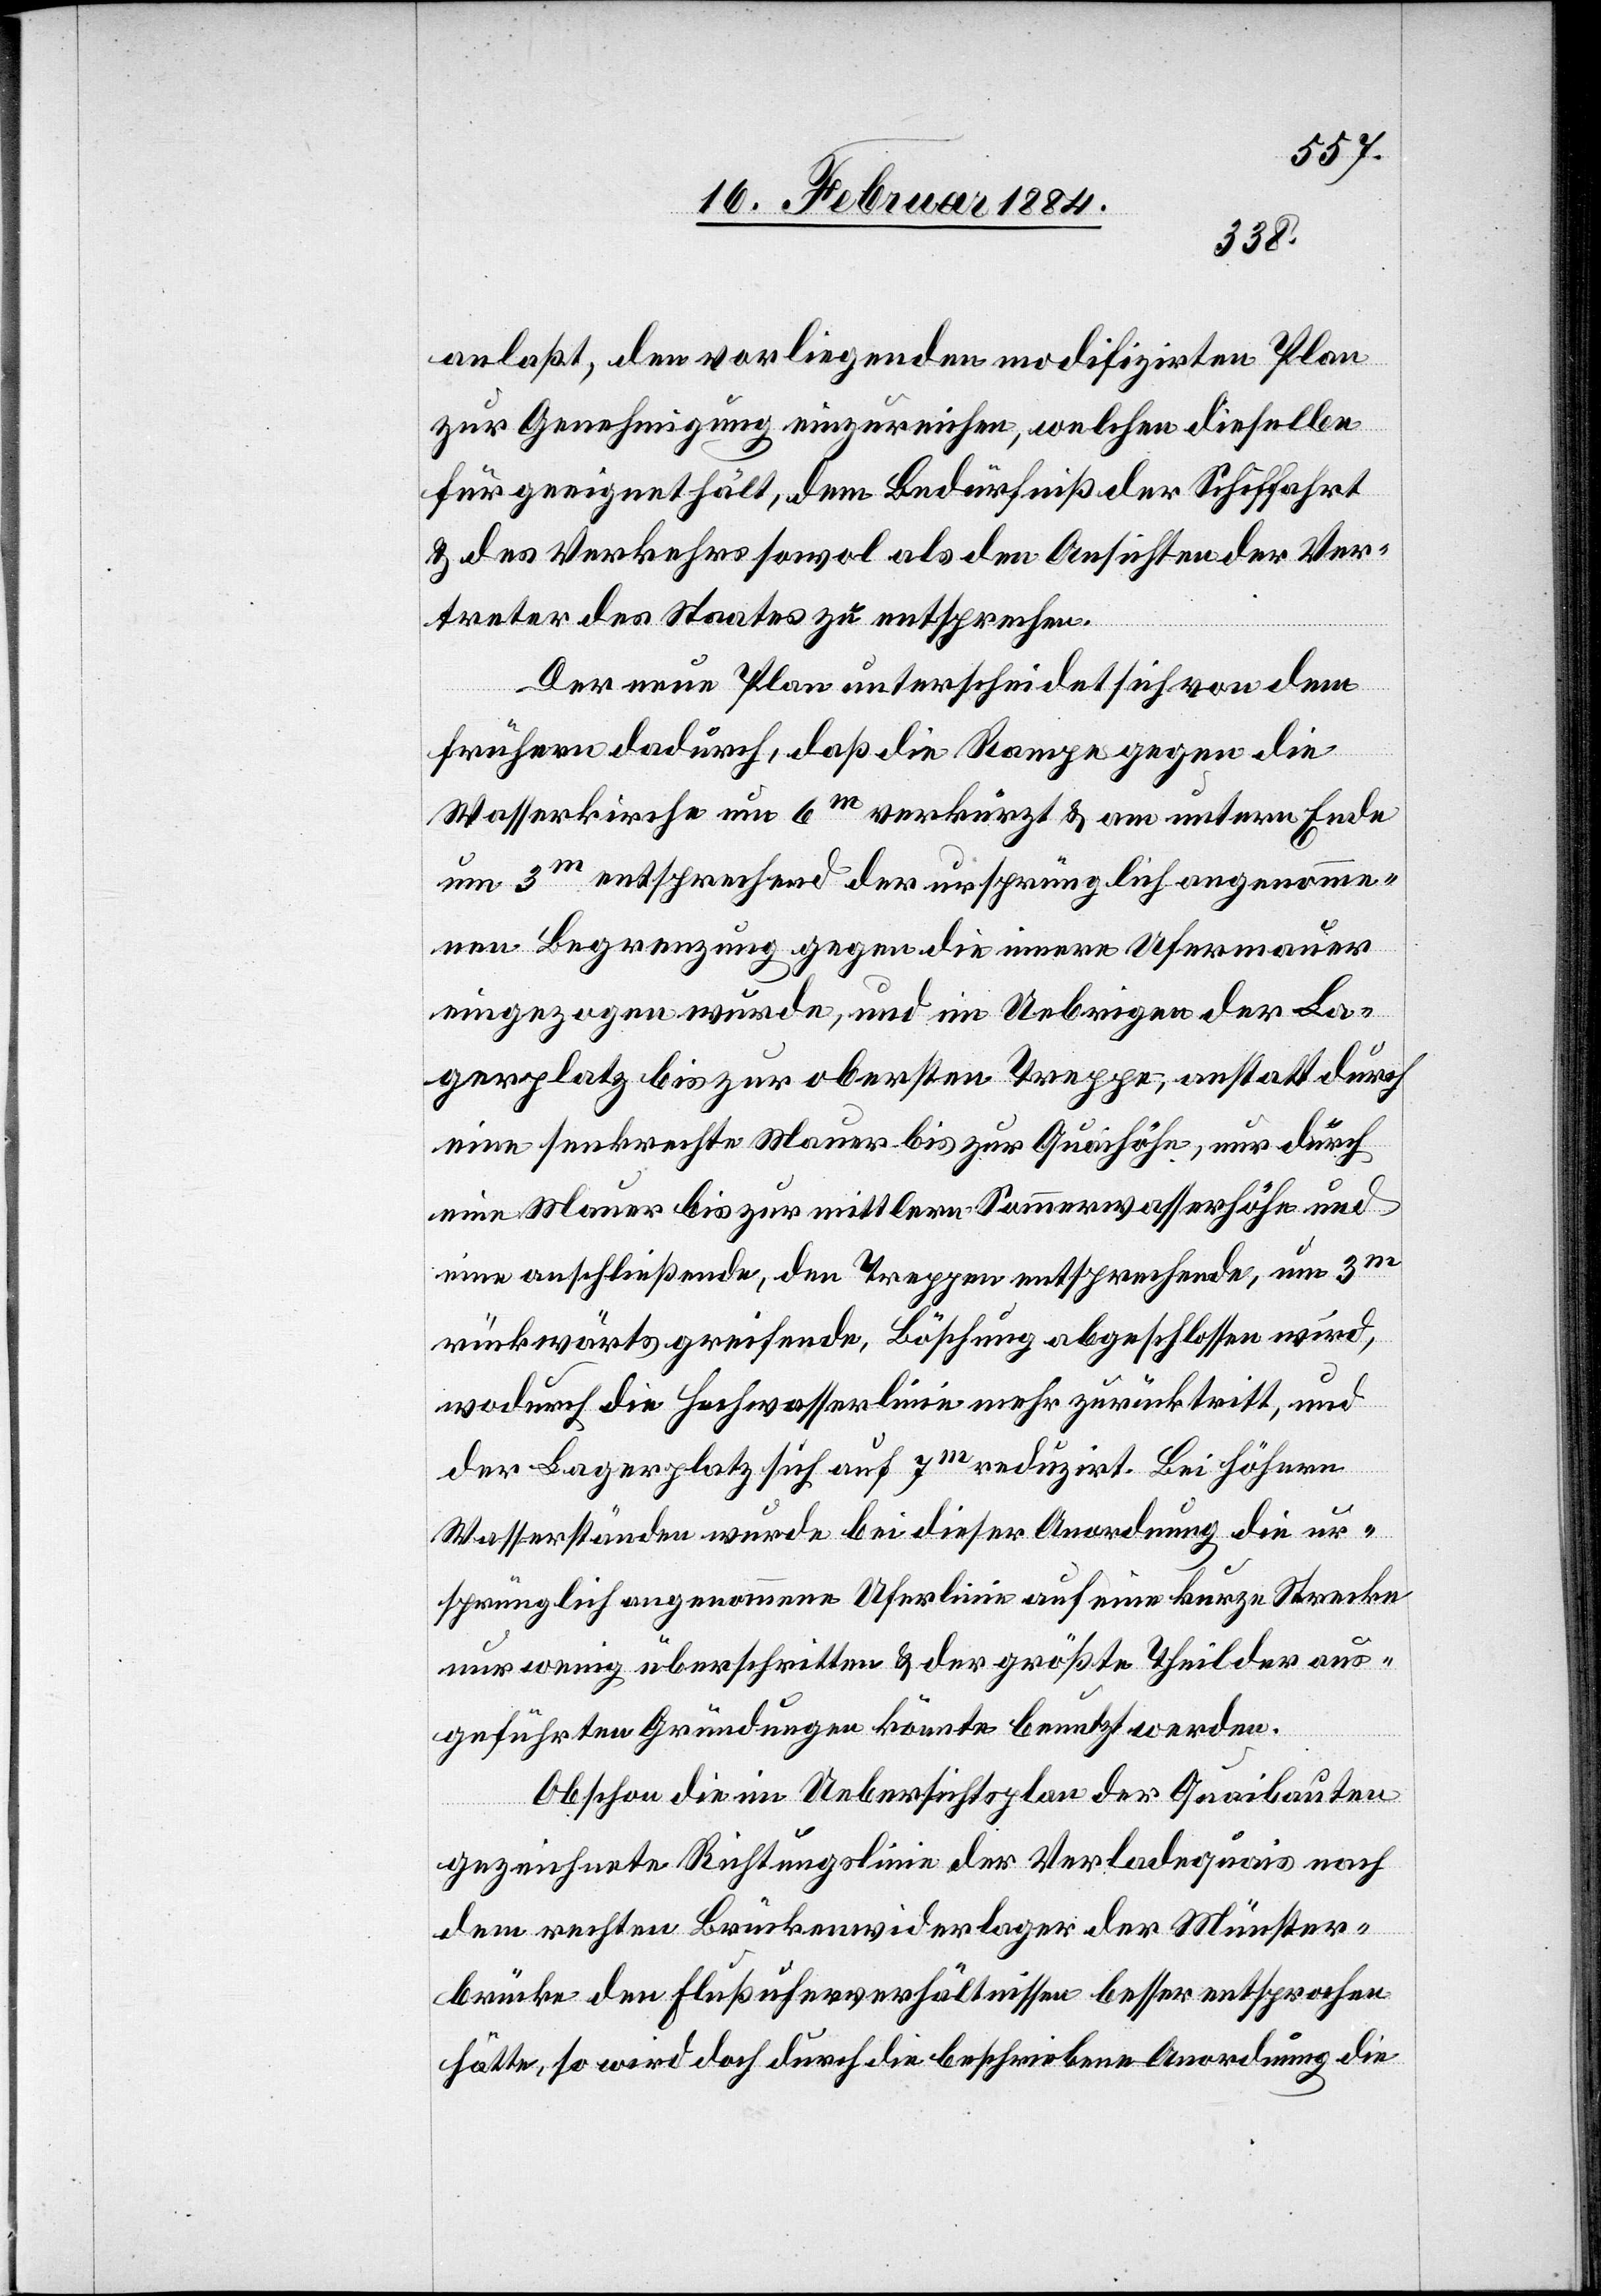
anlaßt, den vorliegenden modifizirten Plan
zur Genehmigung einzureichen, welchen dieselbe
für geeignet hält, dem Bedürfniß der Schiffahrt
& des Verkehrs sowol als den Ansichten der Ver¬
treter des Staates zu entsprechen.
Der neue Plan unterscheidet sich von dem
frühern dadurch, daß die Rampe gegen die
Wasserkirche um 6m verkürzt & am untern Ende
um 3m entsprechend der ursprünglich angenomme¬
nen Begrenzung gegen die innere Ufermauer
eingezogen wurde, und im Uebrigen der La¬
gerplatz bis zur obersten Treppe, anstatt durch
eine senkrechte Mauer bis zur Quaihöhe, nur durch
eine Mauer bis zur mittleren Sommerwasserhöhe und
eine anschließende, den Treppen entsprechende, um 3m
rückwärts greifende Böschung abgeschlossen wird,
wodurch die Hochwasserlinie mehr zurücktritt, und
der Lagerplatz sich auf 7m reduzirt. Bei höhern
Wasserständen werde bei dieser Anordnung die ur¬
sprünglich angenommene Uferlinie auf eine kurze Strecke
nur wenig überschritten & der größte Theil der aus¬
geführten Gründungen könnte benutzt werden.
Obschon die im Uebersichtsplan der Quaibauten
gezeichnete Richtungslinie der Verladequais nach
dem rechten Brückenwiderlager der Münster¬
brücke den Flußuferverhältnissen besser entsprochen
hätte, so wird doch durch die beschriebene Anordnung die